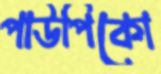
পাউপিকো